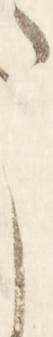
こ